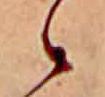
ゝ